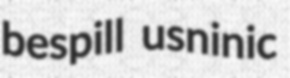
bespill usninic